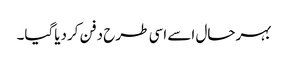
بہرحال اسے اسی طرح دفن کردیاگیا۔